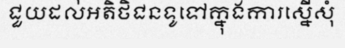
ជួយដល់អតិថិជនទូទៅក្នុងការស្នើសុំ